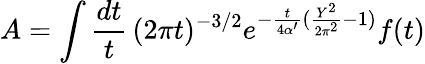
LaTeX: A=\int\frac{dt}{t}\, (2\pi t)^{-3/2}e^{-{\frac{t}{4\alpha^{\prime}}}({\frac{Y^{2}}{2\pi^{2}}}-1)}f(t)